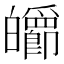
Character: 𤾽